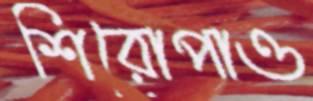
শিরোপাও